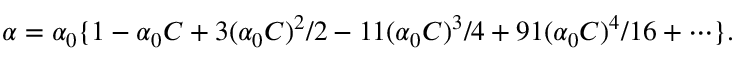
\alpha = \alpha _ { 0 } \{ 1 - \alpha _ { 0 } C + 3 ( \alpha _ { 0 } C ) ^ { 2 } / 2 - 1 1 ( \alpha _ { 0 } C ) ^ { 3 } / 4 + 9 1 ( \alpha _ { 0 } C ) ^ { 4 } / 1 6 + \cdots \} .